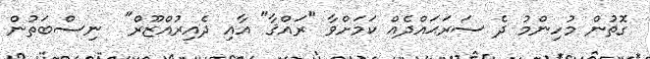
ގޮތުން މުހިންމު ދެ ސަރަޙައްދެއް ކަމަށްވާ "ރައްޤާ" އާއި ދެއިރުއްޒޫރް"  ނިސްބަތުން